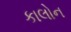
કાલોન